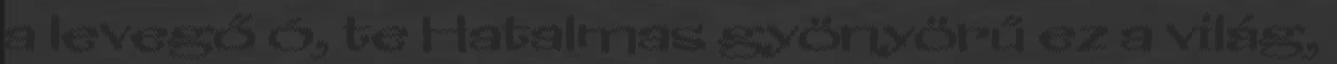
a levegő ó, te Hatalmas gyönyörű ez a világ,